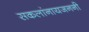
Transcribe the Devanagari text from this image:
सकलांनायजननी